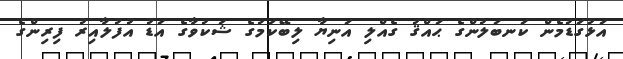
އަޅުގަޑުމެން ކަނބަލުންގެ ޙައްޤު ގެއްލި އަނިޔާ ލިބޭކަމުގެ ޝަކުވާގެ އަޑު އުފުލާއިރު ފިރިންގެ